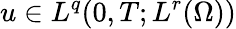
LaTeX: u\in L^{q}(0,T;L^{r}(\Omega))